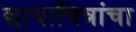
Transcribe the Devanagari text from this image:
छायाचित्रांचा